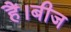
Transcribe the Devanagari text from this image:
हैं।बीज